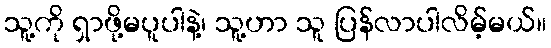
သူ့ကို ရှာဖို့မပူပါနဲ့၊ သူ့ဟာ သူ ပြန်လာပါလိမ့်မယ်။